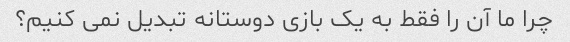
چرا ما آن را فقط به یک بازی دوستانه تبدیل نمی کنیم؟